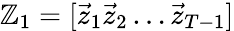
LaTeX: \mathbb{Z}_{1}=[\vec{{z}}_{1}\vec{{z}}_{2}\dots\vec{{z}}_{T-1}]